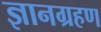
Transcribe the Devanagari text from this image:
ज्ञानग्रहण